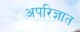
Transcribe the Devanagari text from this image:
अपरिज्ञात